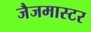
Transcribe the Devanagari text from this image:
जैजमास्टर